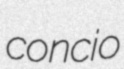
concio